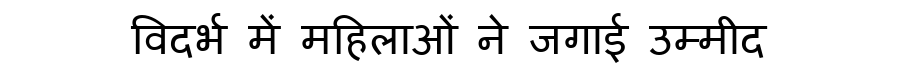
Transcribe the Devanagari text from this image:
विदर्भ में महिलाओं ने जगाई उम्मीद